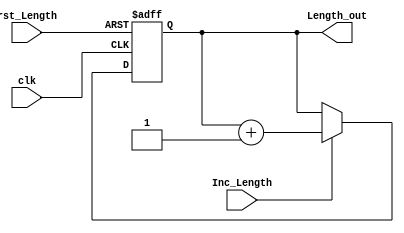
module Length_Counter (Length_out, Inc_Length, clk, rst_Length);
	parameter word_size = 8;

	output	[word_size-1:0] Length_out;
	input					clk, rst_Length, Inc_Length;

	reg		[word_size-1:0]	length;

	assign Length_out = length;

	always @(posedge clk, posedge rst_Length) begin
		if (rst_Length) length <= 0; 
		else if  (Inc_Length) length <= length +1;
	end
endmodule